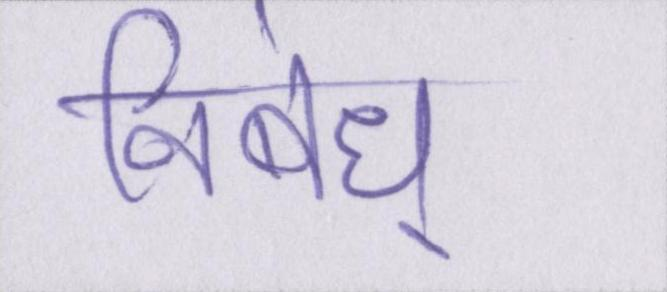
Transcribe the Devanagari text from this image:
निबंध्